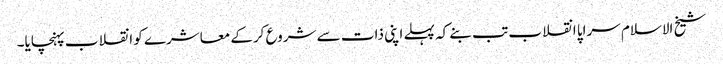
شیخ الاسلام سراپا انقلاب تب بنے کہ پہلے اپنی ذات سے شروع کرکے معاشرے کو انقلاب پہنچایا۔